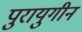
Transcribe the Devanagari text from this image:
पुरायुगीन